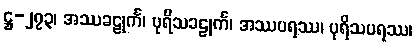
ဋ္ဌ-၂၇၃၊ အဿခဠုင်္က၊ ပုရိသခဠုင်္က၊ အဿပရဿ၊ ပုရိသပရဿ၊